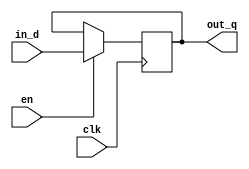
module D_trigger(clk,in_d,en,out_q);
	input clk;
	input in_d;
	input en;
	output reg out_q;

	always @(posedge clk)
		if(en)
			out_q=in_d;
		else
			out_q=out_q;
endmodule